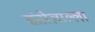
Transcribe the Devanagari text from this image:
संतोलाल्ला